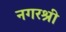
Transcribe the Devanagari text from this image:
नगरश्री